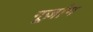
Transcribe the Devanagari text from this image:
गूज़ांग